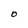
Character: O